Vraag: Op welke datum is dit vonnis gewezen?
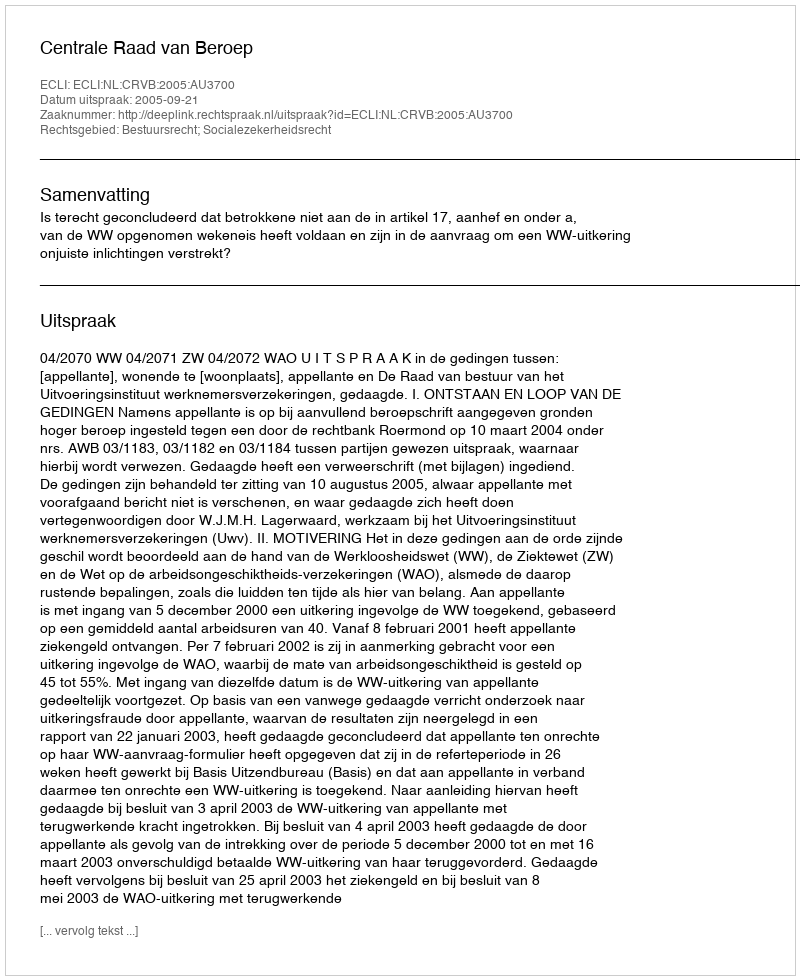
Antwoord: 2005-09-21